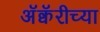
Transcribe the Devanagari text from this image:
अॅक्वॅरीच्या